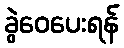
ခွဲဝေပေးရန်